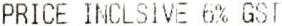
PRICE INCLSIVE 6% GST